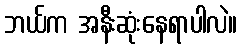
ဘယ်က အနီးဆုံးနေရာပါလဲ။